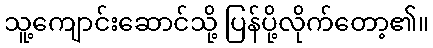
သူ့ကျောင်းဆောင်သို့ ပြန်ပို့လိုက်တော့၏။